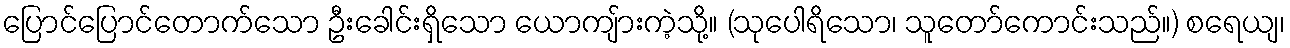
ပြောင်ပြောင်တောက်သော ဦးခေါင်းရှိသော ယောကျ်ားကဲ့သို့။ (သုပေါရိသော၊ သူတော်ကောင်းသည်။) စရေယျ၊